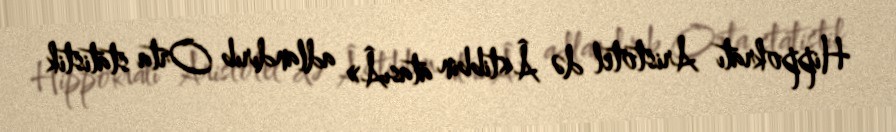
Hippokratı Aristotel də Â«tibbin atasıÂ» adlandırıb Orta statistik